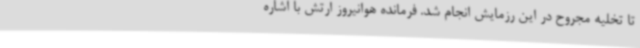
تا تخلیه مجروح در این رزمایش انجام شد. فرمانده هوانیروز ارتش با اشاره